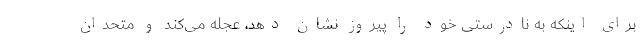
برای اینکه به نادرستی خود را پیروز نشان دهد، عجله می‌کند و متحدان